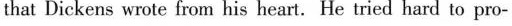
that Dickens wrote from his heart. He tried hard to pro-